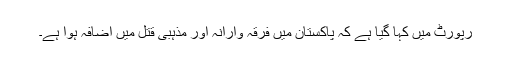
رپورٹ میں کہا گیا ہے کہ پاکستان میں فرقہ وارانہ اور مذہبی قتل میں اضافہ ہوا ہے۔